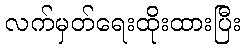
လက်မှတ်ရေးထိုးထားပြီး